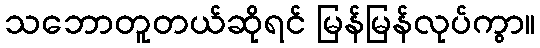
သဘောတူတယ်ဆိုရင် မြန်မြန်လုပ်ကွာ။